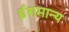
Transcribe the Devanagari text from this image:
ईशमान्य